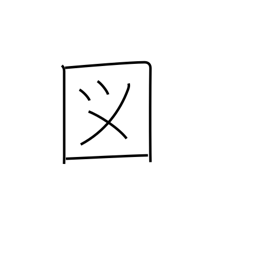
Meaning: extraordinary